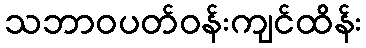
သဘာဝပတ်ဝန်းကျင်ထိန်း